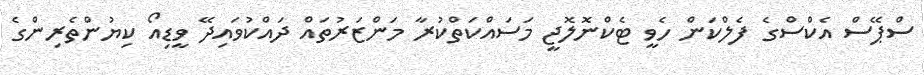
ސްޕޭސް އެކްސްގެ ފެލްކަން ހެވީ ޓެކްނޮލޮޖީ މަސައްކަތްކުރާ މަންޒަރުތައް ދައްކުވައިދޭ ވީޑިއޯ ކިޔުންތެރިންގެ